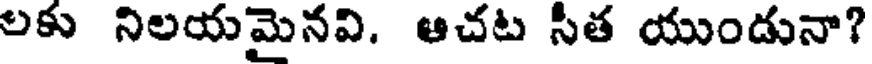
లకు నిలయమైనవి. ఆచట సీత యుండునా?